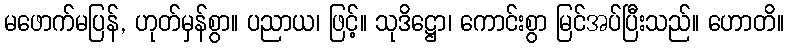
မဖောက်မပြန်, ဟုတ်မှန်စွာ။ ပညာယ၊ ဖြင့်။ သုဒိဋ္ဌော၊ ကောင်းစွာ မြင်အပ်ပြီးသည်။ ဟောတိ။